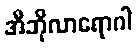
အီဘိုလာရောဂါ